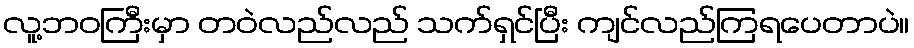
လူ့ဘဝကြီးမှာ တဝဲလည်လည် သက်ရှင်ပြီး ကျင်လည်ကြရပေတာပဲ။